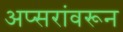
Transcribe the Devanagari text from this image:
अप्सरांवरून